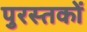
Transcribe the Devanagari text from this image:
पुरस्तकों